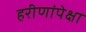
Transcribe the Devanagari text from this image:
हरीणांपेक्षा